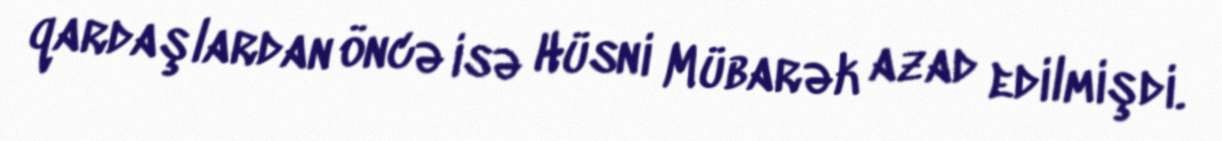
qardaşlardan öncə isə Hüsni Mübarək azad edilmişdi.